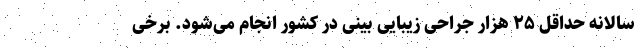
سالانه حداقل ۲۵ هزار جراحی زیبایی بینی در کشور انجام می‌شود. برخی